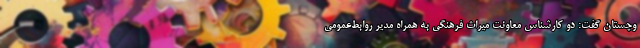
وچستان گفت: دو کارشناس معاونت میراث‌ فرهنگی به‌ همراه مدیر روابط‌عمومی